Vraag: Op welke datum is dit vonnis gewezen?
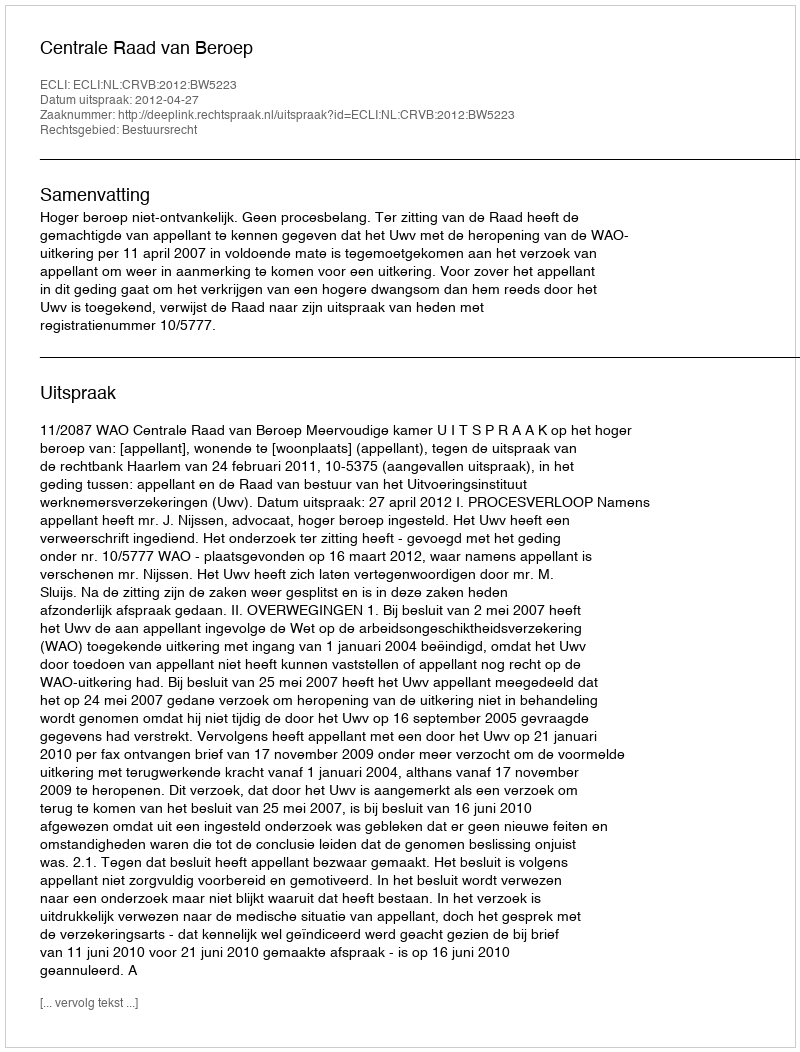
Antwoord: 2012-04-27